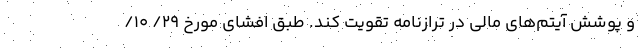
و پوشش آیتم‌های مالی در ترازنامه تقویت کند. طبق افشای مورخ 29/ 10/